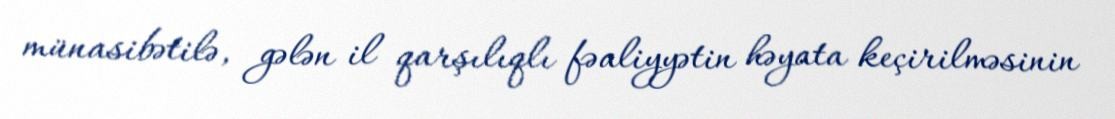
münasibətilə, gələn il qarşılıqlı fəaliyyətin həyata keçirilməsinin